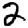
Digit: 2